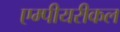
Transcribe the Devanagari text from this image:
एम्पीयरीकल